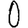
Digit: 0